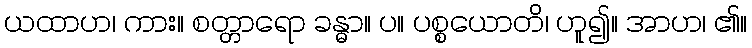
ယထာဟ၊ ကား။ စတ္တာရော ခန္ဓာ။ ပ။ ပစ္စယောတိ၊ ဟူ၍။ အာဟ၊ ၏။